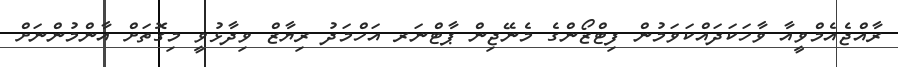
ރާއްޖެއެމްވީއާ ވާހަކަދައްކަވަމުން ފިޓްޒޯންގެ މެނޭޖިން ޕާޓްނަރ އަހްމަދު ރިޔާޒް ވިދާޅުވީ މިގޮތަށް އާންމުންނަށް